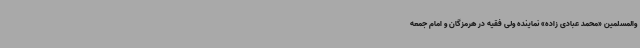
والمسلمین «محمد عبادی زاده» نماینده ولی فقیه در هرمزگان و امام جمعه